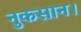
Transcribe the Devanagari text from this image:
नुकसान।